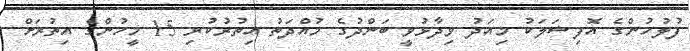
ފުލުހުންގެ އޮފިޝަލަކު މިއަދު ވިދާޅުވީ ބަންދުގެ މުއްދަތު އިތުރުކުރި 15 މީހުންގެ އިތުރަށް